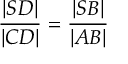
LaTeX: \, { \frac { | S D | } { | C D | } } = { \frac { | S B | } { | A B | } }